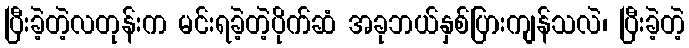
ပြီးခဲ့တဲ့လတုန်းက မင်းရခဲ့တဲ့ပိုက်ဆံ အခုဘယ်နှစ်ပြားကျန်သလဲ၊ ပြီးခဲ့တဲ့